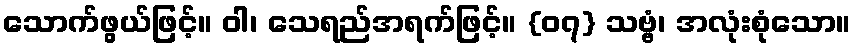
သောက်ဖွယ်ဖြင့်။ ဝါ၊ သေရည်အရက်ဖြင့်။ {၀၇} သဗ္ဗံ၊ အလုံးစုံသော။